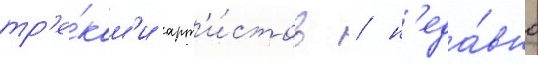
тр'е́кам'и арт'и́стов / н'еда́вно